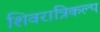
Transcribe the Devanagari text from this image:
शिवरात्रिकल्प